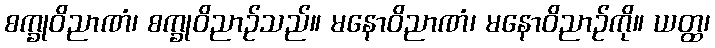
စက္ခုဝိညာဏံ၊ စက္ခုဝိညာဉ်သည်။ မနောဝိညာဏံ၊ မနောဝိညာဉ်ကို။ ယတ္ထ၊